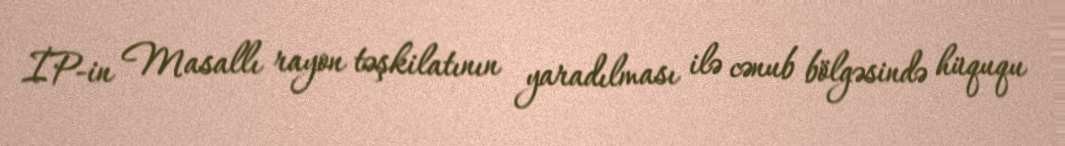
İP-in Masallı rayon təşkilatının yaradılması ilə cənub bölgəsində hüququ